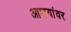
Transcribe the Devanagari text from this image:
आशयांवर